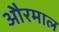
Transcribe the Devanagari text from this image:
औरमाल